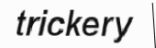
trickery